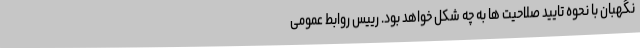
نگهبان با نحوه تایید صلاحیت ها به چه شکل خواهد بود. رییس روابط عمومی